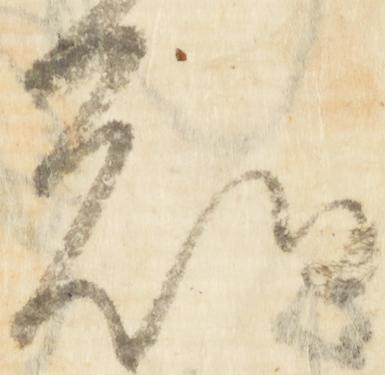
知